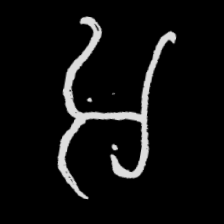
Pyu character \u2014 Myanmar letter: အ (romanized: a)